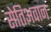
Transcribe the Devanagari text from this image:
सेतिअवान